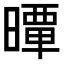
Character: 𣊢